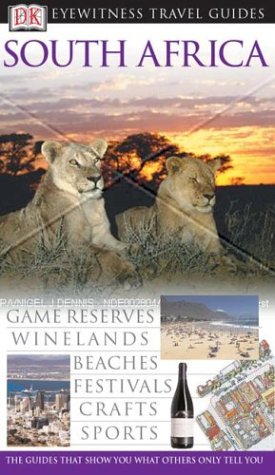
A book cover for South Africa (Eyewitness Travel Guides); Kate Poole; Travel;